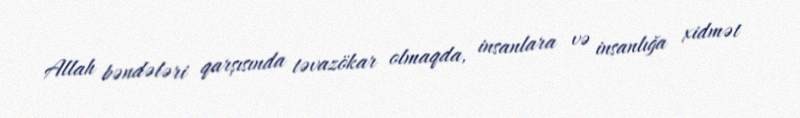
Allah bəndələri qarşısında təvazökar olmaqda, insanlara və insanlığa xidmət